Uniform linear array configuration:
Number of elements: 48
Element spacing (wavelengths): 0.25
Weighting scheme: hamming
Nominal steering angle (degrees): -15
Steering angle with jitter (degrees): -14.548
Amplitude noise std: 0.05
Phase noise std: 0.05

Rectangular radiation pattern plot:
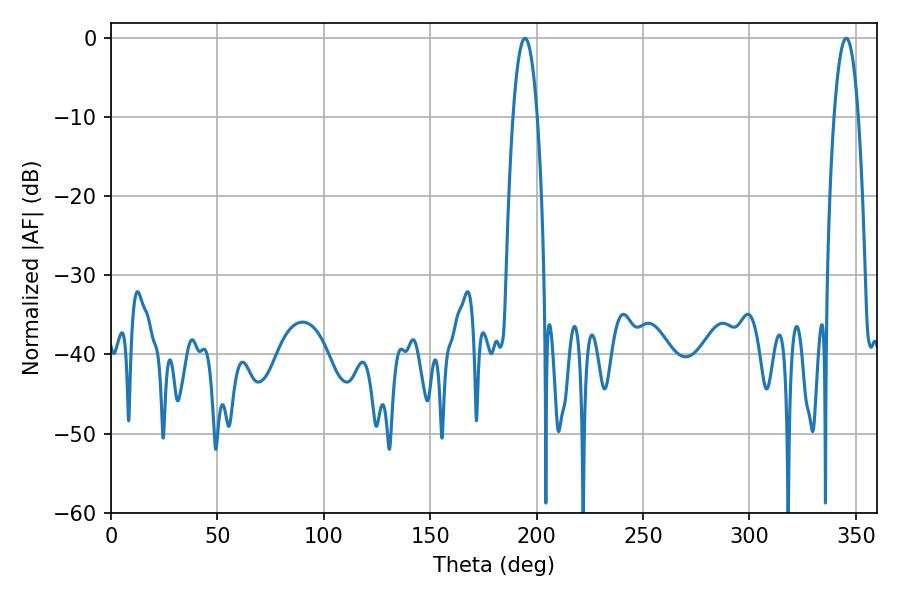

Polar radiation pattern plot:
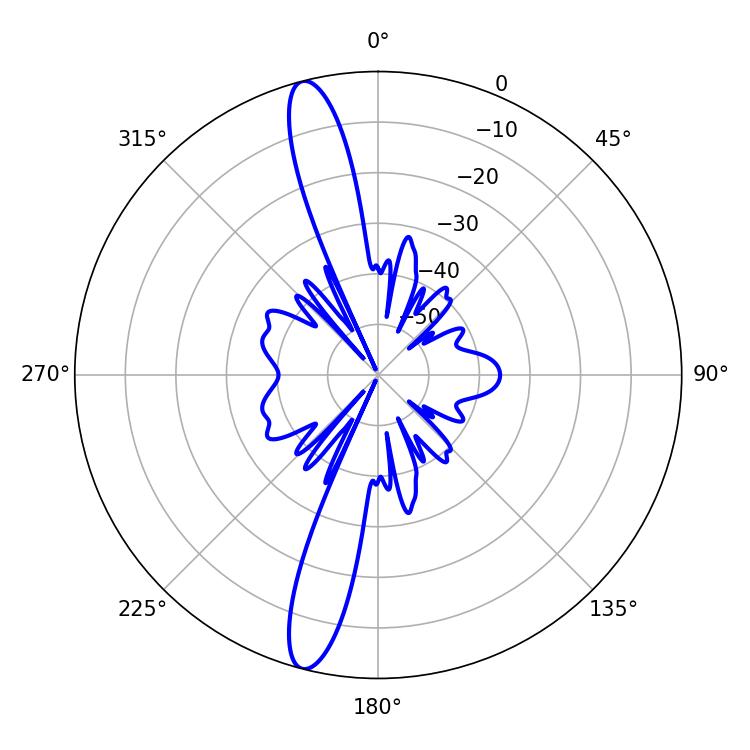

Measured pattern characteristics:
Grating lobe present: FALSE
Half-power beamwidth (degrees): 6.3
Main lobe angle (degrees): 345.42